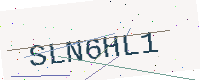
Text: SLN6HL1